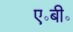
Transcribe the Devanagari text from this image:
ए॰बी॰